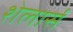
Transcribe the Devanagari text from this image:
शेलार्स